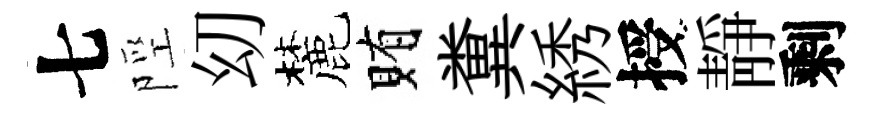
七陘㓜麓賄糞綉授靜剩